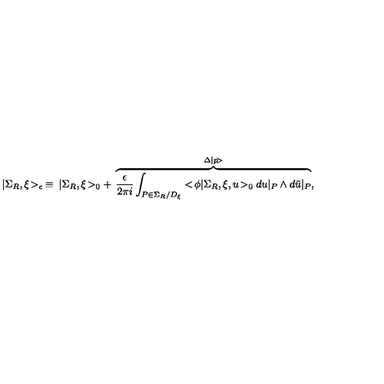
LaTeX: | \Sigma _ { R } , \xi \! > _ { \epsilon } \: \equiv \: | \Sigma _ { R } , \xi \! > _ { 0 } + \: \overbrace { \frac { \epsilon } { 2 \pi i } \int _ { P \in \Sigma _ { R } / D _ { \xi } } < \! \phi | \Sigma _ { R } , \xi , u \! > _ { 0 } d u | _ { P } \wedge d \bar { u } | _ { P } } ^ { \Delta | p \! > } ,